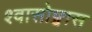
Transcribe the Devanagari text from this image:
श्वासोछ्वास